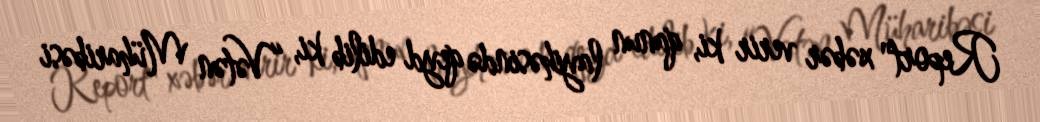
Report" xəbər verir ki, qanun layihəsində qeyd edilib ki, “Vətən Müharibəsi